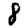
Digit: 8